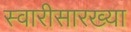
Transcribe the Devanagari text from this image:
स्वारीसारख्या